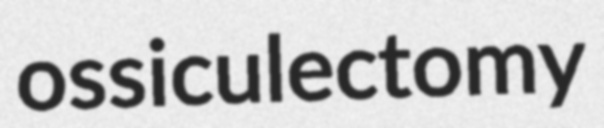
ossiculectomy